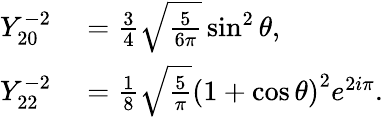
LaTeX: \begin{array}{rl}{Y_{20}^{-2}}&{{}=\frac{3}{4}\sqrt{\frac{5}{6\pi}}\sin^{2}\theta,}\\ {Y_{22}^{-2}}&{{}=\frac{1}{8}\sqrt{\frac{5}{\pi}}\left(1+\cos\theta\right)^{2}e^{2i\pi}.}\end{array}